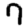
Digit: 7